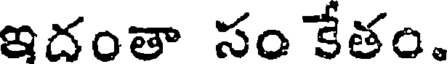
ఇదంతా సం కేతం.